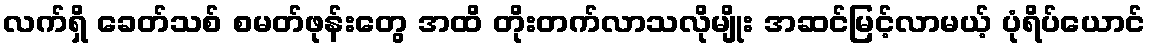
လက်ရှိ ခေတ်သစ် စမတ်ဖုန်းတွေ အထိ တိုးတက်လာသလိုမျိုး အဆင်မြင့်လာမယ့် ပုံရိပ်ယောင်